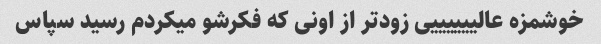
خوشمزه عالییییییی زودتر از اونی که فکرشو میکردم رسید سپاس